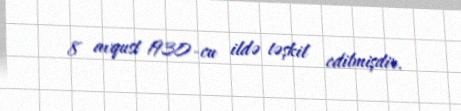
8 avqust 1930-cu ildə təşkil edilmişdir.